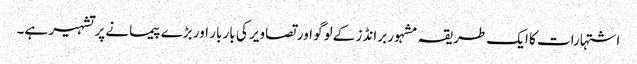
اشتہارات کا ایک طریقہ مشہور برانڈز کے لوگو اور تصاویر کی بار بار اور بڑے پیمانے پر تشہیر ہے۔